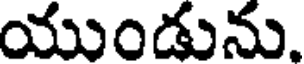
యుండును.